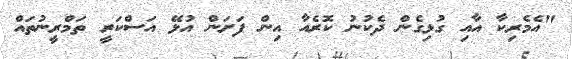
"އެމެރިކާ އާއި ގުޅިގެން ދެކުނު ކޮރެއާ އިން ފަށަން އުޅޭ އަސްކަރީ ތަމްރީނުތައް